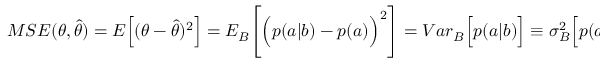
\begin{array} { r } { { M S E } ( \theta , \hat { \theta } ) = { E } \Big [ ( \theta - \hat { \theta } ) ^ { 2 } \Big ] = { E } _ { B } \Bigg [ \Big ( p ( a | b ) - p ( a ) \Big ) ^ { 2 } \Bigg ] = { V a r } _ { B } \Big [ p ( a | b ) \Big ] \equiv \sigma _ { B } ^ { 2 } \Big [ p ( a | b ) \Big ] . } \end{array}